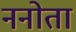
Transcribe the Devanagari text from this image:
ननोता